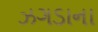
ઝગડાના